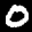
Label: 0